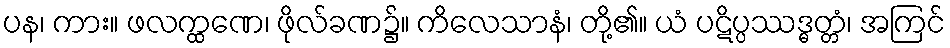
ပန၊ ကား။ ဖလက္ထဏေ၊ ဖိုလ်ခဏ၌။ ကိလေသာနံ၊ တို့၏။ ယံ ပဋိပ္ပဿဒ္ဓတ္တံ၊ အကြင်